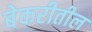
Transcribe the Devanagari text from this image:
बेकरीतील